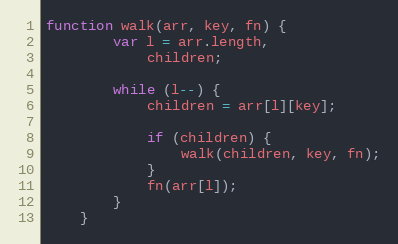
Language: JavaScript
function walk(arr, key, fn) {
        var l = arr.length,
            children;

        while (l--) {
            children = arr[l][key];

            if (children) {
                walk(children, key, fn);
            }
            fn(arr[l]);
        }
    }